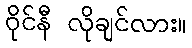
ဝိုင်နီ လိုချင်လား။